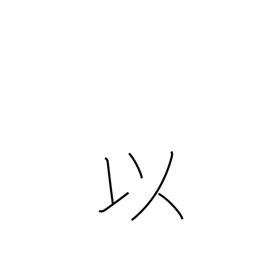
Meaning: in view of